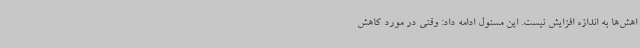
اهش‌ها به اندازه افزایش نیست. این مسئول ادامه داد: وقتی در مورد کاهش